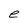
Character: e